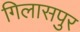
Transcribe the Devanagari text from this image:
गिलासपुर